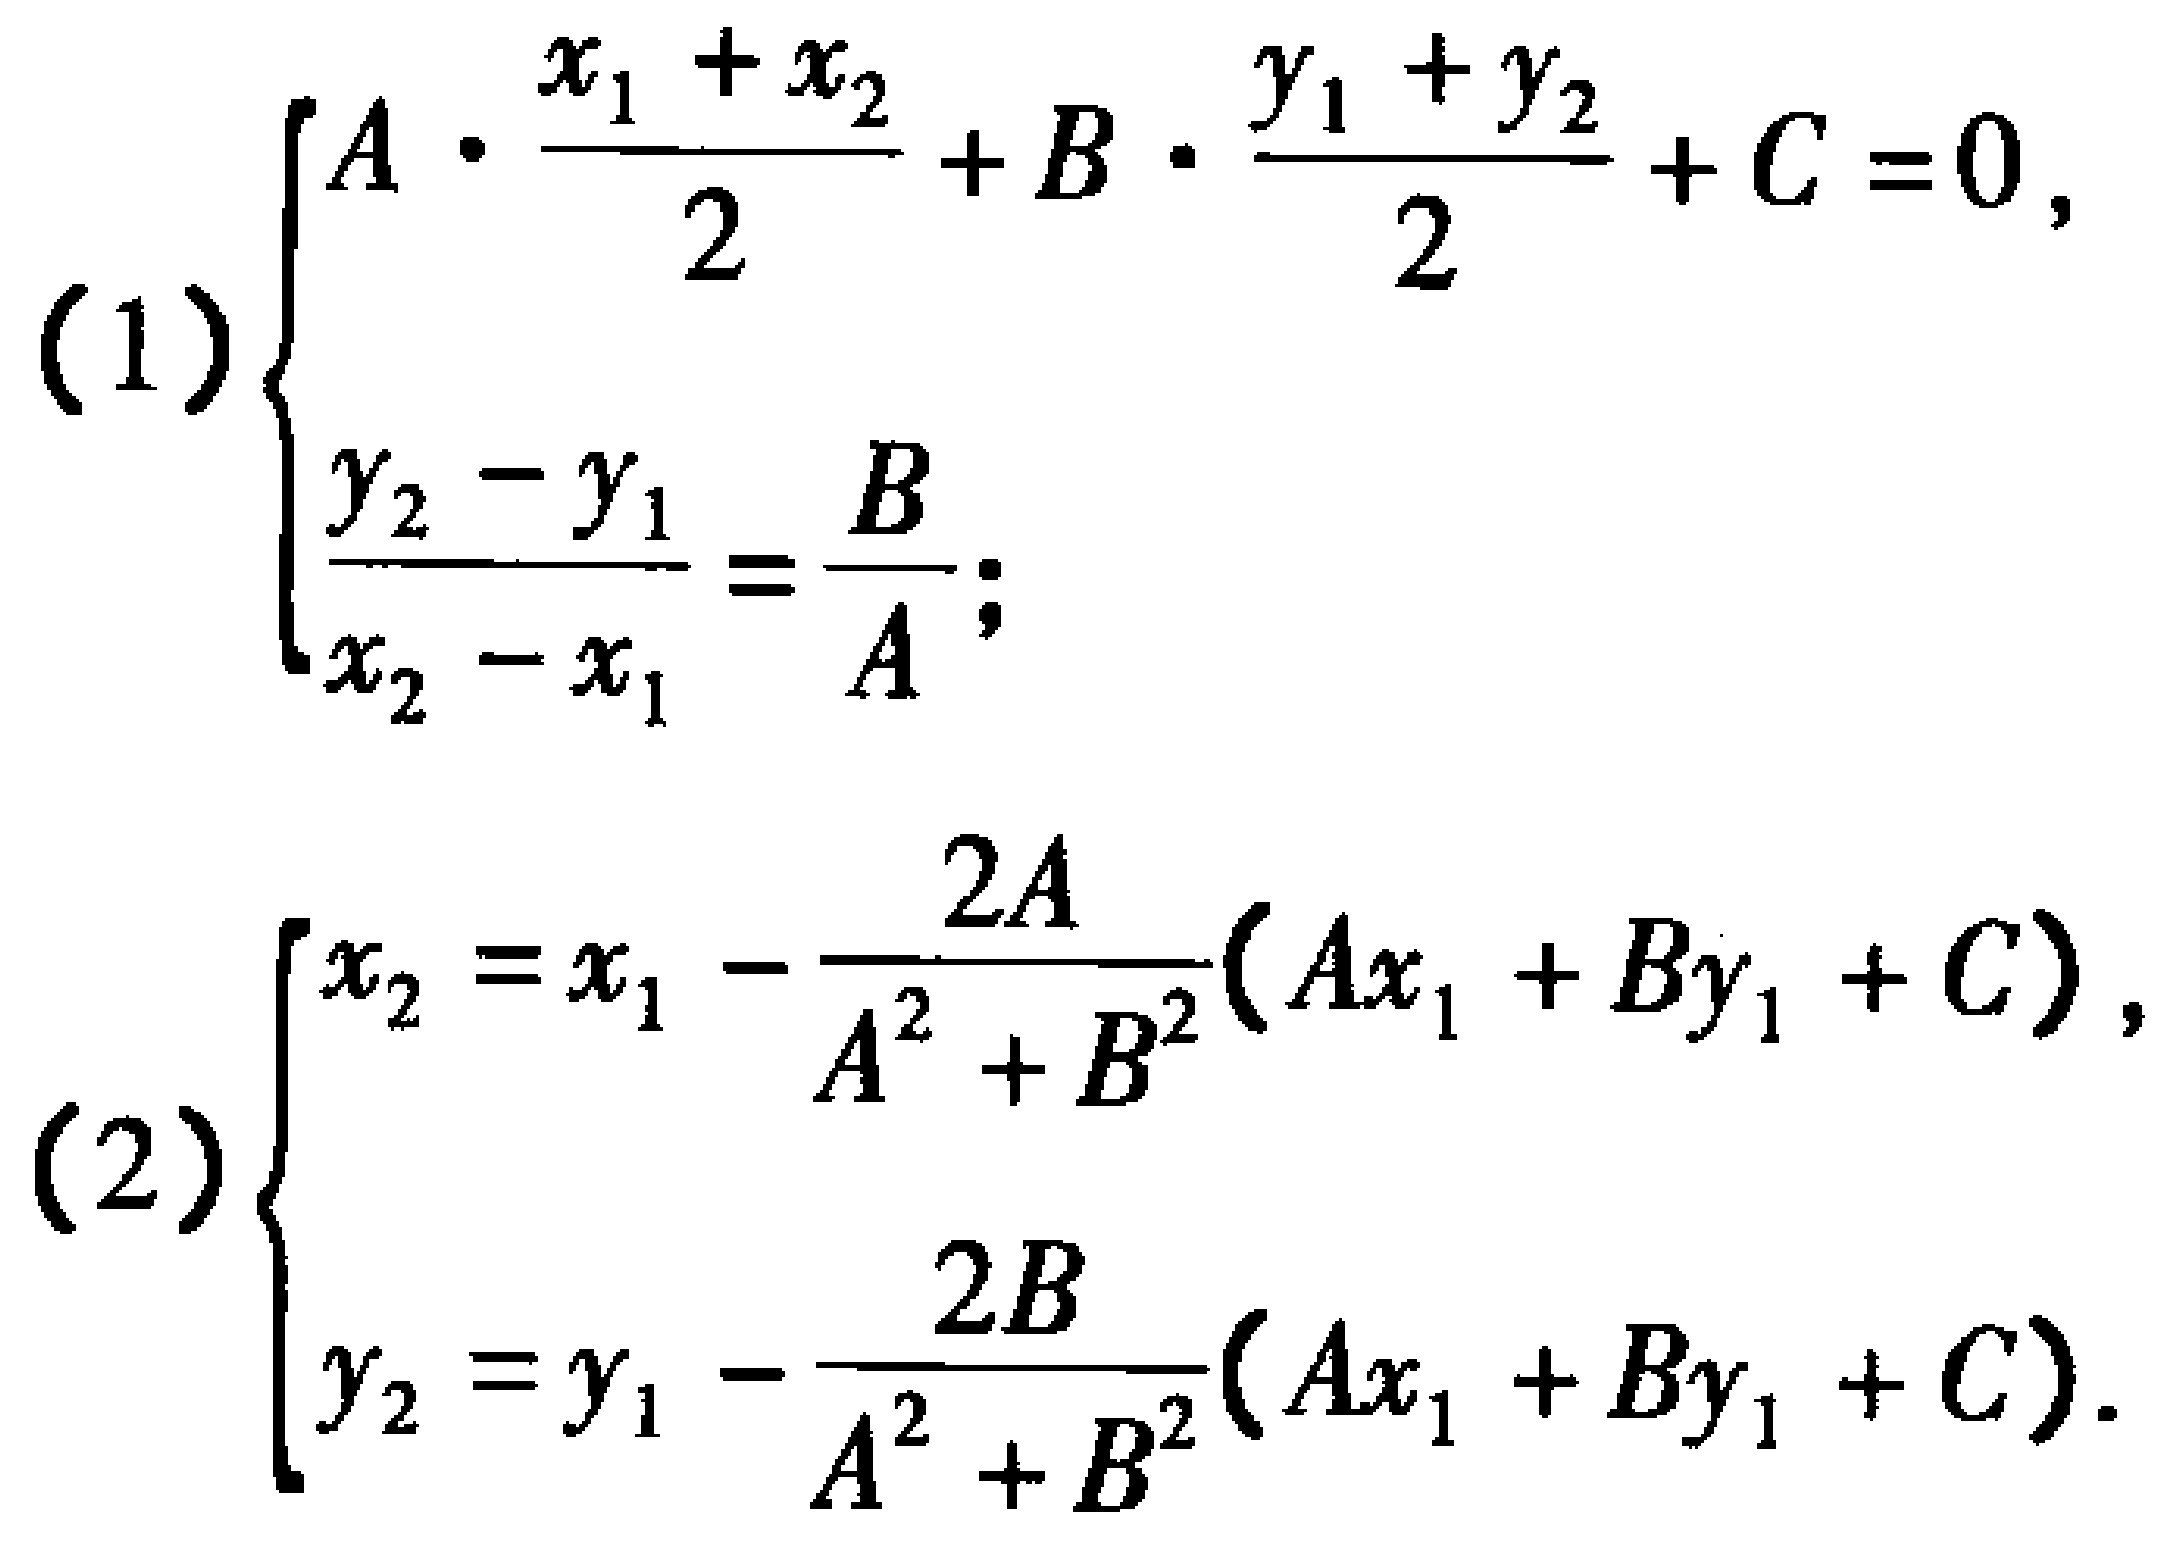
\[
(1)\begin{cases}
A\cdot\frac{x_1 + x_2}{2}+B\cdot\frac{y_1 + y_2}{2}+C = 0,\\
\frac{y_2 - y_1}{x_2 - x_1}=\frac{B}{A};
\end{cases}
\]
\[
(2)\begin{cases}
x_2 = x_1-\frac{2A}{A^2 + B^2}(Ax_1 + By_1 + C),\\
y_2 = y_1-\frac{2B}{A^2 + B^2}(Ax_1 + By_1 + C).
\end{cases}
\]